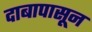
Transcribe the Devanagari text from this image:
दाबापासून